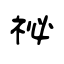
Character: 祕